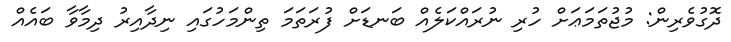
ދޮގުވެރިން: މުޖުތަމަޢަށް ހުރި ނުރައްކަލެއް ބަނޑަށް ފުރަތަމަ ތިންމަހުގައި ނިދާއިރު ދިމާވާ ބައެއް